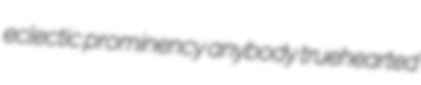
eclectic prominency anybody truehearted